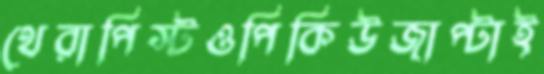
থেরাপিস্টওপিকিউজাপ্‌টাই